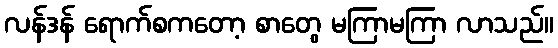
လန်ဒန် ရောက်စကတော့ စာတွေ မကြာမကြာ လာသည်။